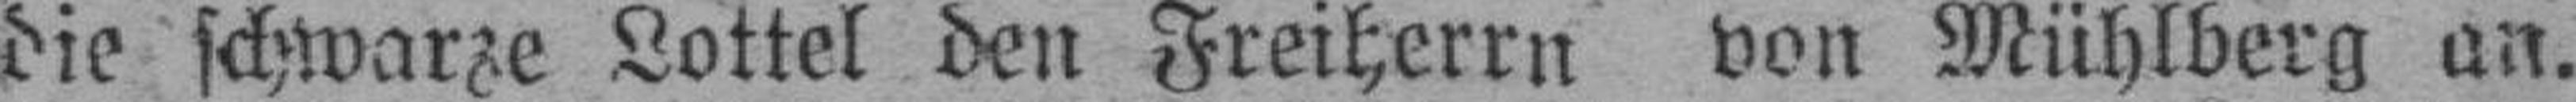
die schwarze Lottel den Freiherrn von Mühlberg an.